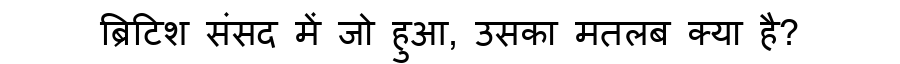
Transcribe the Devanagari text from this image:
ब्रिटिश संसद में जो हुआ, उसका मतलब क्या है?